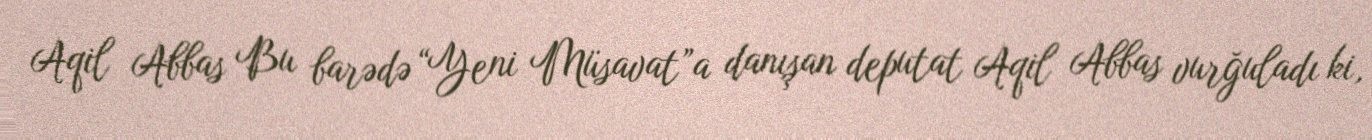
Aqil Abbas Bu barədə “Yeni Müsavat”a danışan deputat Aqil Abbas vurğuladı ki,